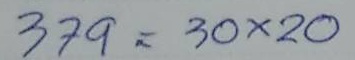
379 = 30 x20